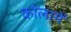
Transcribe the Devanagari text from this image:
कोलामें